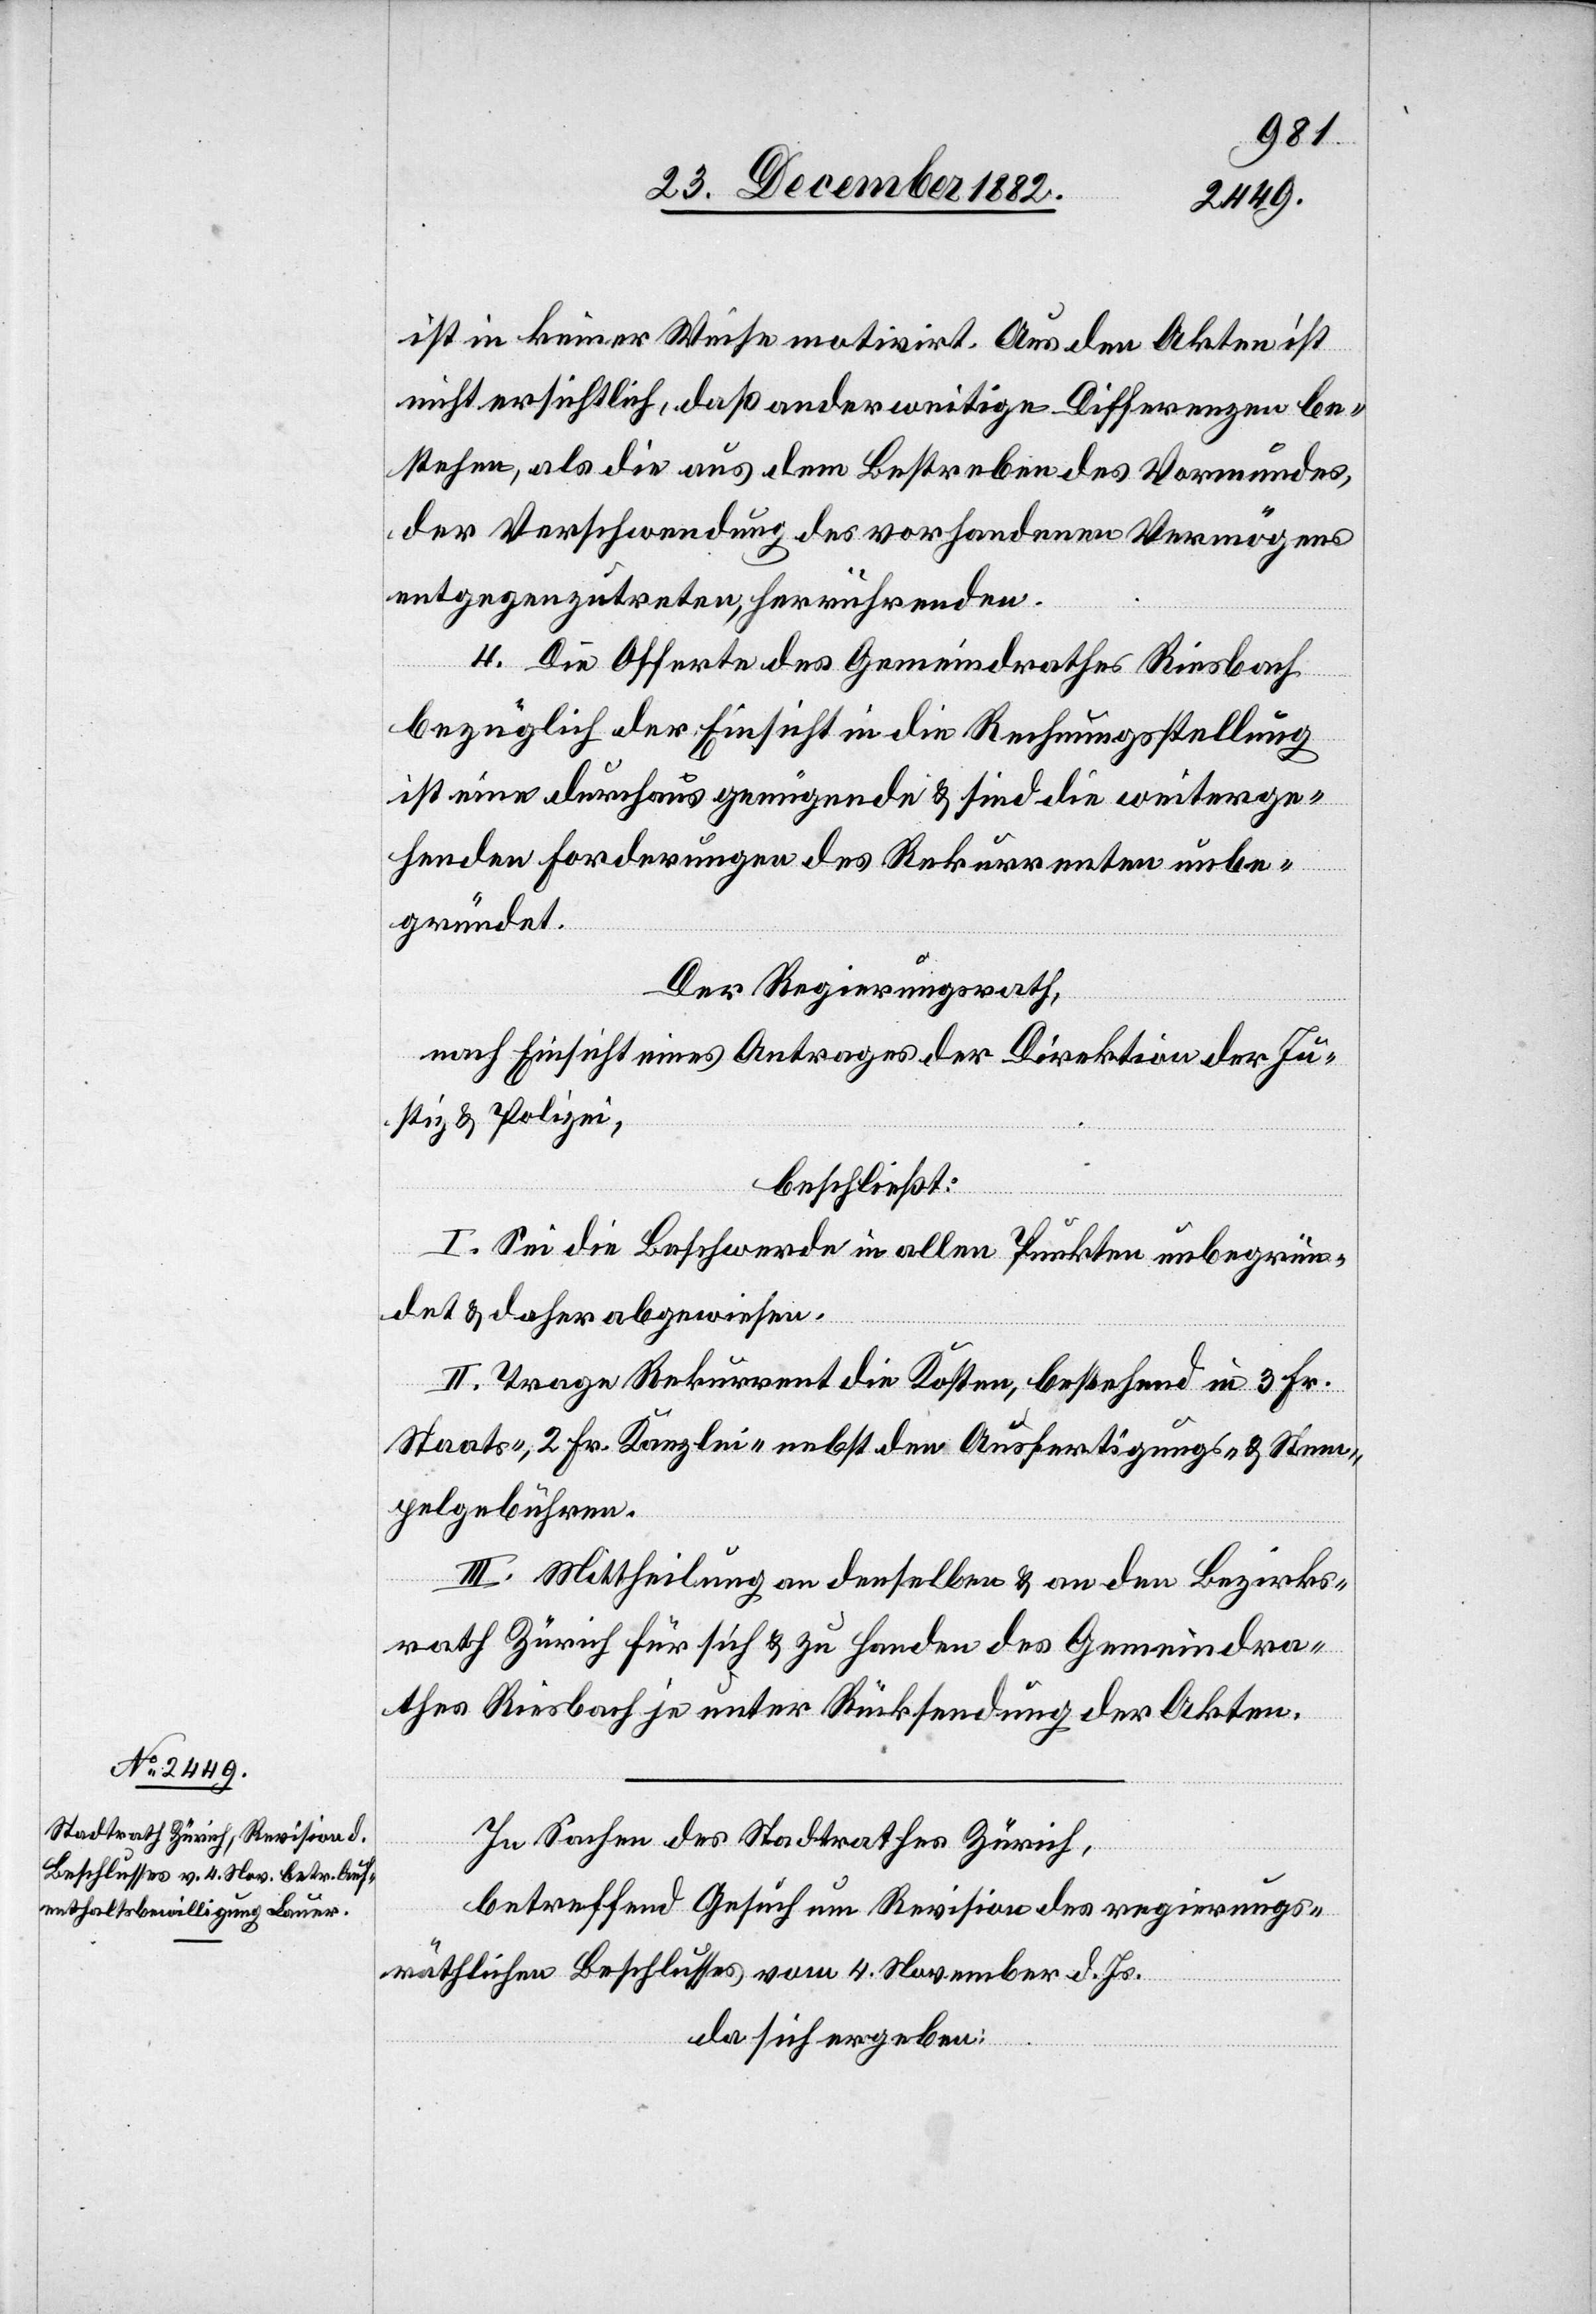
ist in keiner Weise motivirt. Aus den Akten ist
nicht ersichtlich, daß anderweitige Differenzen be¬
stehen, als die aus dem Bestreben des Vormundes,
der Verschwendung des vorhandenen Vermögens
entgegenzutreten, herrührenden.
4. Die Offerte des Gemeindrathes Riesbach
bezüglich der Einsicht in die Rechnungsstellung
ist eine durchaus genügende & sind die weiterge¬
henden Forderungen des Rekurrenten unbe¬
gründet.
Der Regierungsrath,
nach Einsicht eines Antrages der Direktion der Ju¬
stiz & Polizei,
beschließt:
I. Sei die Beschwerde in allen Punkten unbegrün¬
det & daher abgewiesen.
II. Trage Rekurrent die Kosten, bestehend in 3 Fr.
Staats-, 2 Fr. Kanzlei- nebst den Ausfertigungs- & Stem¬
pelgebühren.
III. Mittheilung an denselben & an den Bezirks¬
rath Zürich für sich & zu Handen des Gemeindra¬
thes Riesbach je unter Rücksendung der Akten.
In Sachen des Stadtrathes Zürich,
betreffend Gesuch um Revision des regierungs¬
räthlichen Beschlusses vom 4. November d. Js.,
da sich ergeben: